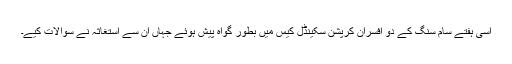
اسی ہفتے سام سنگ کے دو افسران کرپشن سکینڈل کیس میں بطور گواہ پیش ہوئے جہاں ان سے استغاثہ نے سوالات کیے۔